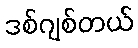
ဒစ်ဂျစ်တယ်